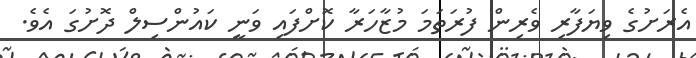
އެރަށުގެ ވިޔަފާރި ވެރިން ފުރަތަމަ މުޒާހަރާ ކޮށްފައި ވަނީ ކައުންސިލް ދޮށުގަ އެވެ.